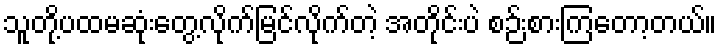
သူတို့ပထမဆုံးတွေ့လိုက်မြင်လိုက်တဲ့ အတိုင်းပဲ စဉ်းစားကြတော့တယ်။